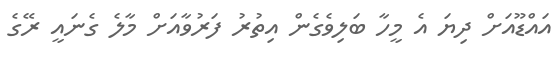
އައްޑޫއަށް ދިޔަ އެ މީހާ ބަލިވެގެން އިތުރު ފަރުވާއަށް މާލެ ގެނައީ ރޭގެ